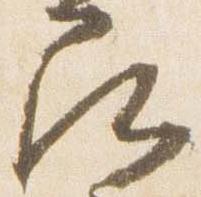
尋